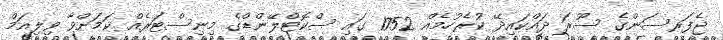
ޖެފަރސަންގެ ސޫރަ ދައްކައިދޭ ކުރެހުމެއް 1752 ގައި ސްކޮޓްލޭންޑްގެ މިނިސްޓަރެއް ކަމަށްވާ ވިލިއަމް